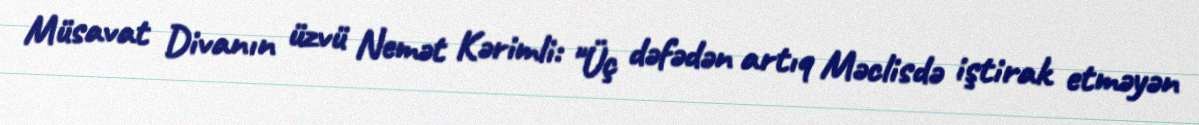
Müsavat Divanın üzvü Nemət Kərimli: "Üç dəfədən artıq Məclisdə iştirak etməyən